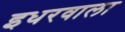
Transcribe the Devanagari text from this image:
इधरवाला